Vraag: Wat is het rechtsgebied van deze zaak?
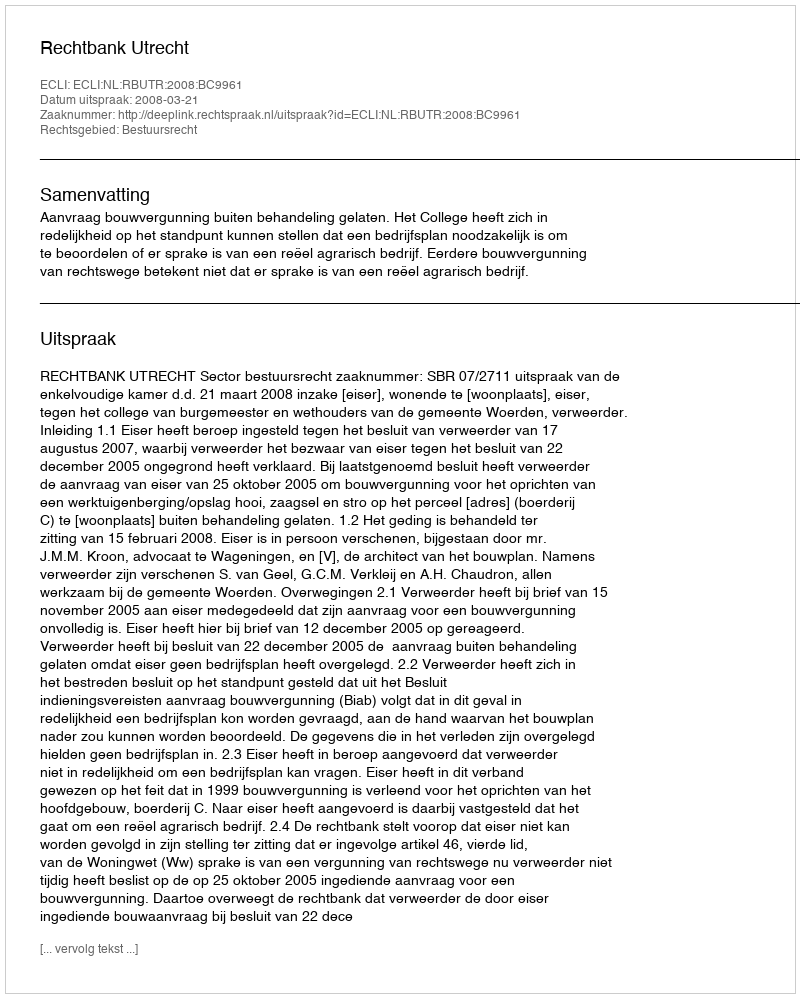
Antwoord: Bestuursrecht